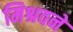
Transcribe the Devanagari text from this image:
मिश्रवने